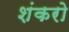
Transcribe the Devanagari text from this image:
शंकरो